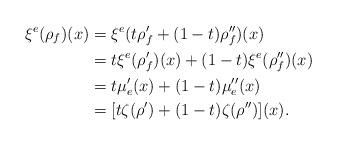
LaTeX: \begin{align*}\xi^e(\rho_f)(x)&=\xi^e(t\rho'_f+(1-t)\rho''_f)(x)\\&=t\xi^e(\rho'_f)(x)+(1-t)\xi^e(\rho''_f)(x)\\&=t\mu'_e(x)+(1-t)\mu''_e(x)\\&=[t\zeta(\rho')+(1-t)\zeta(\rho'')](x).\end{align*}